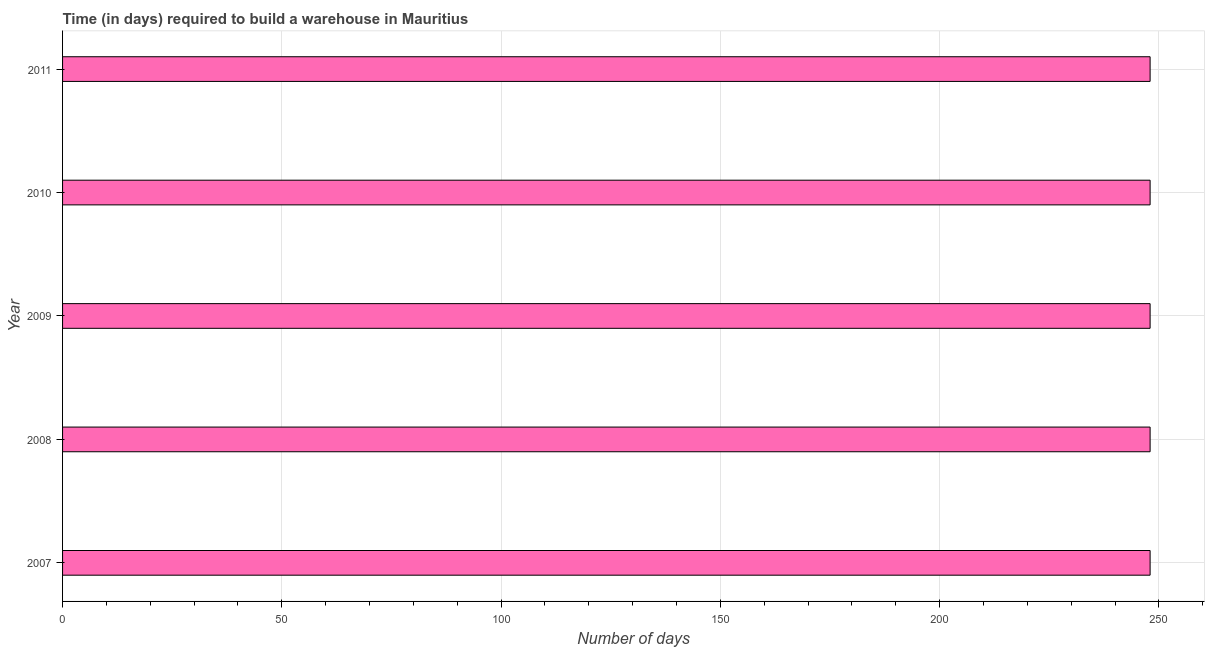
| Year | Time required to build a warehouse |
 | --- | --- |
 | 2007 | 248 |
 | 2008 | 248 |
 | 2009 | 248 |
 | 2010 | 248 |
 | 2011 | 248 |